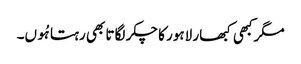
مگرکبھی کبھار لاہور کا چکر لگاتا بھی رہتا ہُوں۔